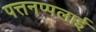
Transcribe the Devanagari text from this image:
पत्तनप्पलाई